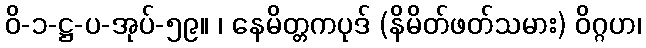
ဝိ-၁-ဋ္ဌ-ပ-အုပ်-၅၉။ ၊ နေမိတ္တကပုဒ် (နိမိတ်ဖတ်သမား) ဝိဂ္ဂဟ၊